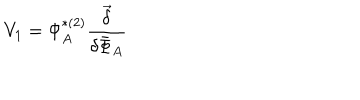
V _ { 1 } = \Phi _ { A } ^ { * ( 2 ) } \frac { \vec { \delta } } { \delta \bar { \Phi } _ { A } }